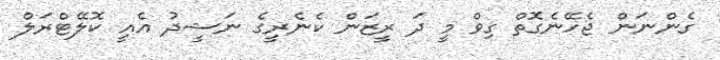
ގެންނަން ޖެހޭނެގޮތް ގިވް މީ ދަ ރީޒަން ކެނެރީގެ ނަޝީދު އެއީ ކޮލޭޓްރަލް